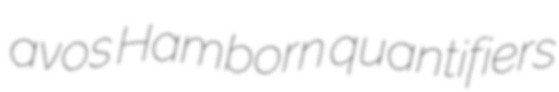
avos Hamborn quantifiers